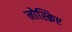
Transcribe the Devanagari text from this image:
नोस्क्रिप्ट